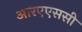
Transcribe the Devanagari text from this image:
आरएएससी